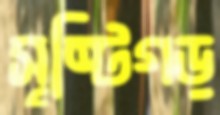
সৃষ্টিগড়